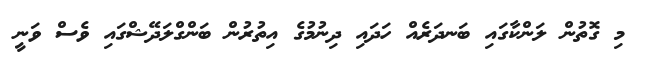
މި ގޮތުން ލަންކާގައި ބަނދަރެއް ހަދައި ދިނުމުގެ އިތުރުން ބަންގްލަދޭޝްގައި ވެސް ވަނީ